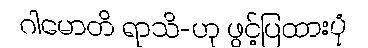
ဂါမောတိ ရာသိ-ဟု ဖွင့်ပြထားပုံ